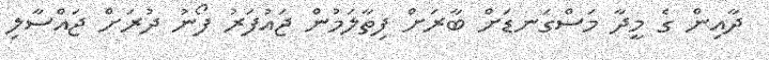
ދާއިން ގެ މީދާ މަސްގަނޑަށް ބާރަށް ފިތާލަމުން ޖައުފަރު ފޯނު ދުރަށް ޖައްސާލި